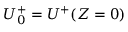
U _ { 0 } ^ { + } = U ^ { + } ( Z = 0 )